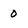
Character: 0